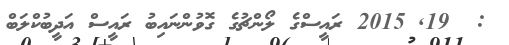
:  19